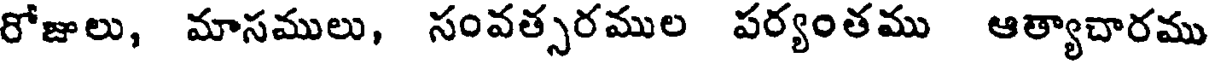
రోజులు, మాసములు, సంవత్సరముల పర్యంతము ఆత్యాచారము